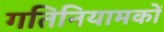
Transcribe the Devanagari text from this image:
गतिनियामकों